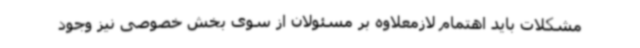
مشکلات باید اهتمام لازمعلاوه بر مسئولان از سوی بخش خصوصی نیز وجود